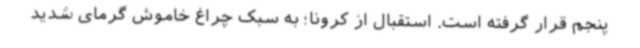
پنجم قرار گرفته است. استقبال از کرونا؛ به سبک چراغ خاموش گرمای شدید